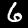
Digit: 6